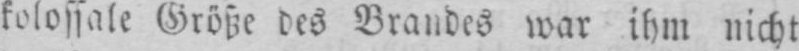
kolossale Größe des Brandes war ihm nicht